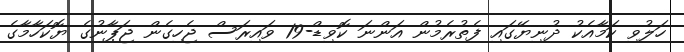
ހަލުވި ކަމާއެކު ދުނިޔޭގައި ފެތުރެމުން އަންނަ ކޮވިޑް-19 ވައިރަސް ޖެހިގެން ޖަޕާނުގެ ޔޮކަހާމާގެ